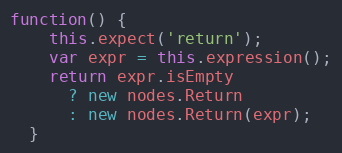
Language: JavaScript
function() {
    this.expect('return');
    var expr = this.expression();
    return expr.isEmpty
      ? new nodes.Return
      : new nodes.Return(expr);
  }